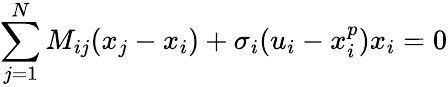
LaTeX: \sum_{j=1}^{N}M_{ij}(x_{j}-x_{i})+\sigma_{i}(u_{i}-x_{i}^{p})x_{i}=0